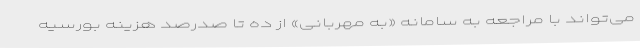
می‌تواند با مراجعه به سامانه «به مهربانی» از ده تا صدرصد هزینه بورسیه